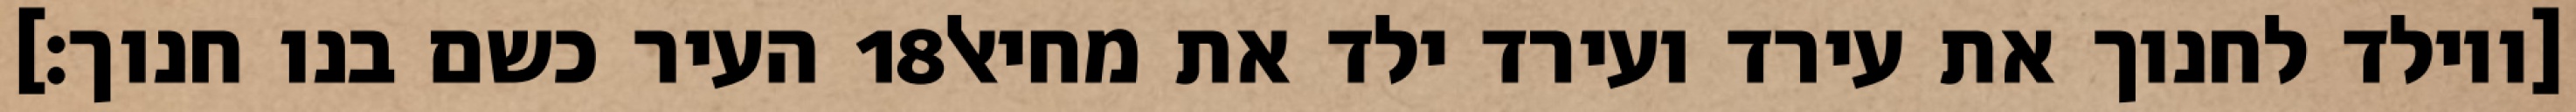
העיר כשם בנו חנוך׃] ‎18‏ [ויולד לחנוך את עירד ועירד ילד את מחיאל